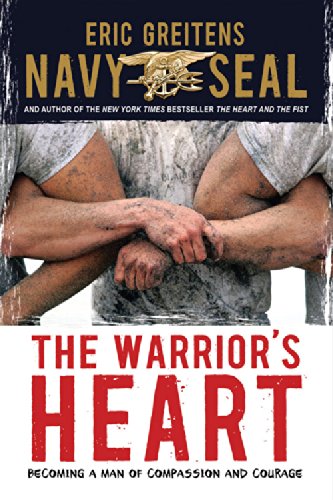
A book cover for The Warrior's Heart: Becoming a Man of Compassion and Courage; Eric Greitens Navy SEAL; Teen & Young Adult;